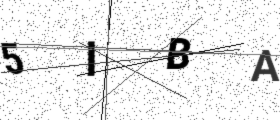
Text: 5IBA